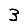
Digit: 3